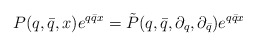
\begin{align*}P(q,\bar{q},x)e^{q\bar{q}x}= \tilde{P}(q,\bar{q},\partial_q,\partial_{\bar{q}})e^{q\bar{q}x}\end{align*}